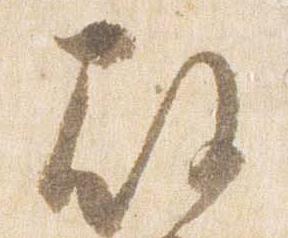
殿